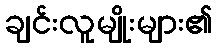
ချင်းလူမျိုးများ၏